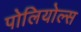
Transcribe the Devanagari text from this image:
पोलियोल्स